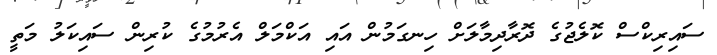
ސައިރިކްސް ކޮލެޖުގެ ދޮރާދިމާލަށް ހިނގަމުން އައި އަކްމަލް އެރުމުގެ ކުރިން ސައިކަލު މަތީ